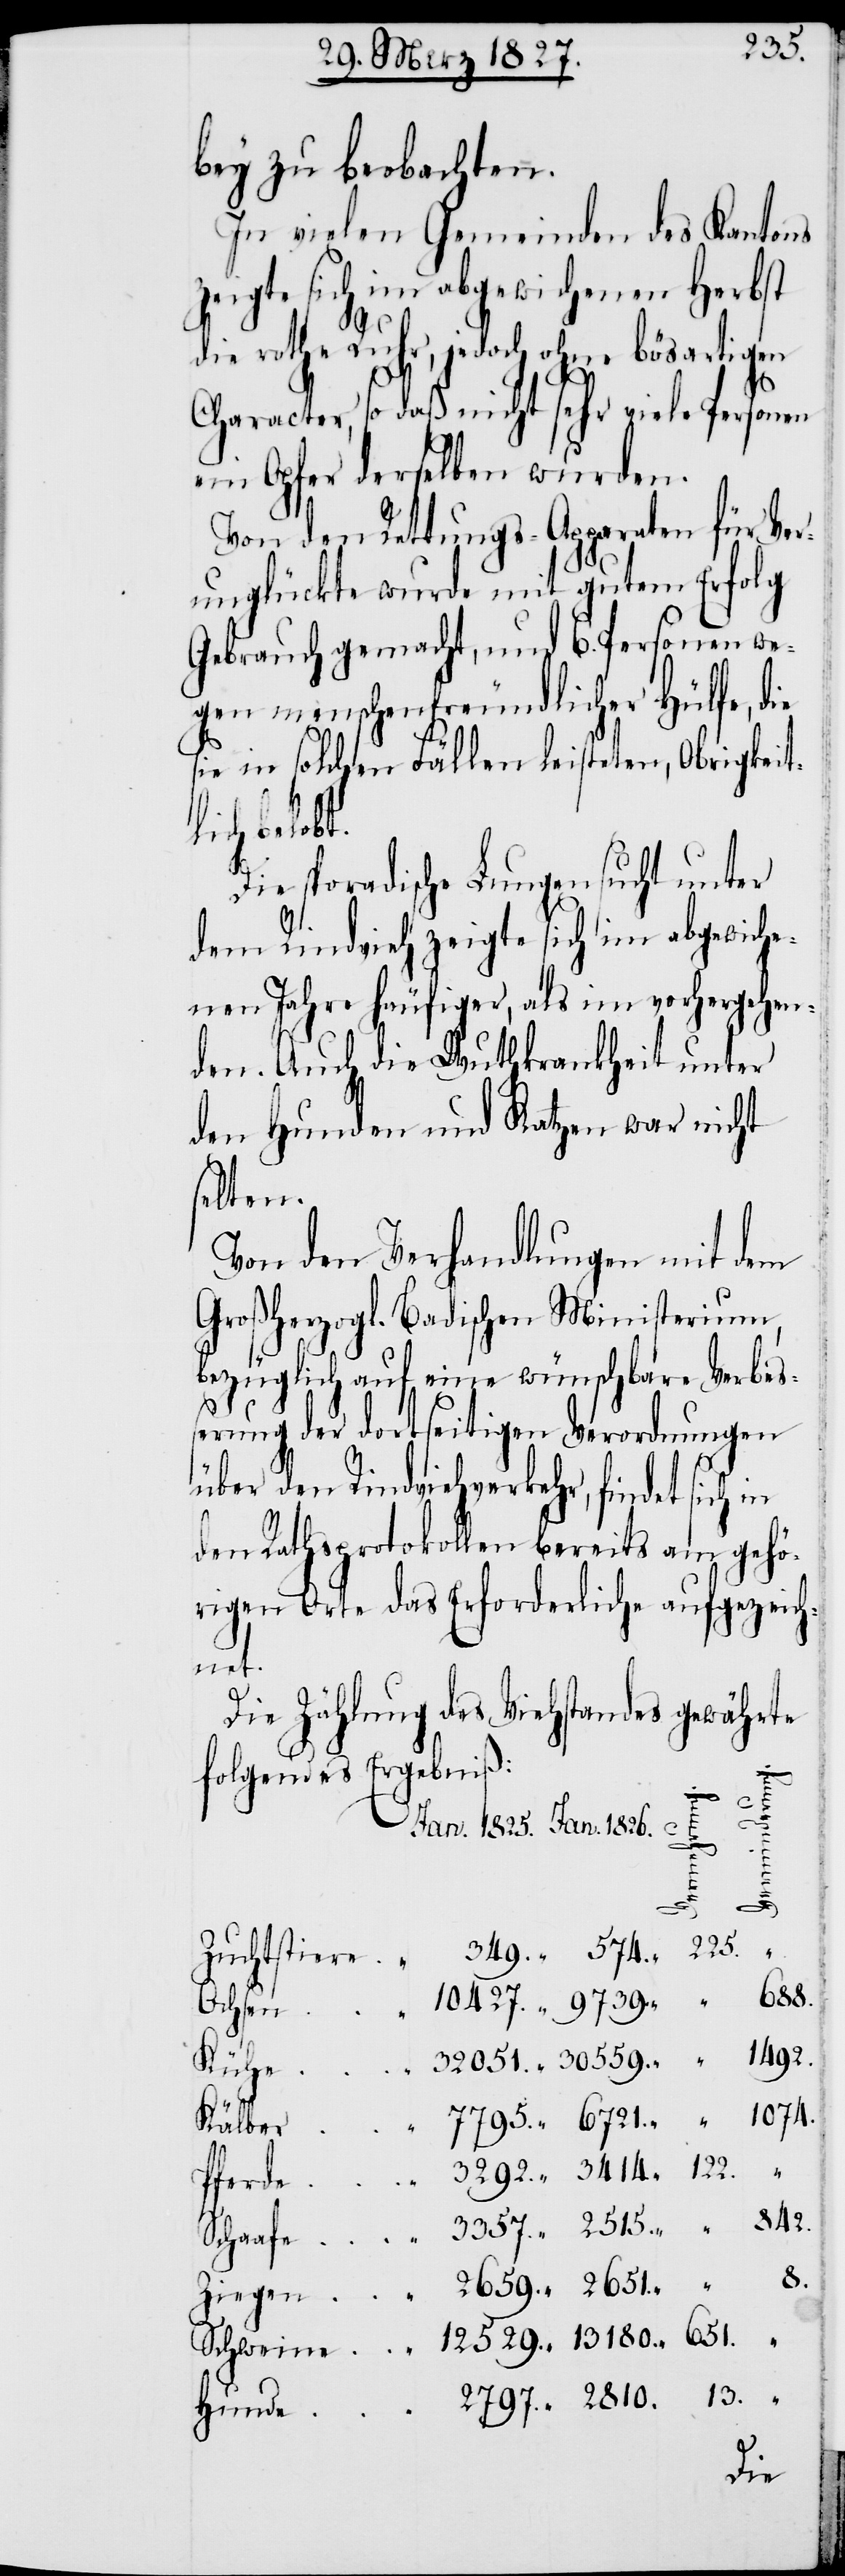
3357.
bey zu beobachten.
In vielen Gemeinden des Kantons
zeigte sich im abgewichenen Herbst
die rothe Ruhr, jedoch ohne bösartigen
Character, so daß nicht sehr viele Personen
ein Opfer derselben wurden.
Von den Rettungs-Apparaten für Ver¬
unglückte wurde mit gutem Erfolg
Gebrauch gemacht, und 6. Personen we¬
gen menschenfreundlicher Hülfe, die
sie in solchen Fällen leisteten, Obrigkeit¬
Schweine.
Die sporadische Lungensucht unter
dem Rindvieh zeigte sich im abgewiche¬
nen Jahre häufiger, als im vorhergehen¬
den. Auch die Wuthkrankheit unter
den Hunden und Katzen war nicht
Kälber.
Von den Verhandlungen mit dem
Großherzogl. Badischen Ministerium,
bezüglich auf eine wünschbare Verbeß¬
13.
erung der dortseitigen Verordnungen
über den Rindviehverkehr, findet sich in
den Rathsprotokollen bereits am gehö¬
rigen Orte das Erforderliche aufgezeich¬
net.
Die Zählung des Viehstandes gewährte
folgendes Ergebniß:
651.
8.
Hunde.